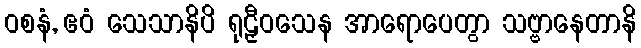
ဝစနံ, ဧဝံ သေသာနိပိ ရုဠှီဝသေန အာရောပေတွာ သဗ္ဗာနေတာနိ